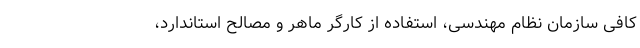
کافی سازمان نظام مهندسی، استفاده از کارگر ماهر و مصالح استاندارد،